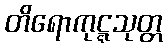
တိရောကုဋ္ဋသုတ္တ